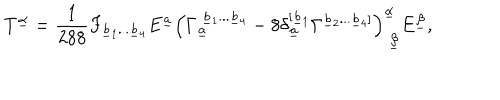
T ^ { \underline { { \alpha } } } = { \frac { 1 } { 2 8 8 } } F _ { \underline { { b } } _ { 1 } . . . \underline { { b } } _ { 4 } } E ^ { \underline { { a } } } \left( \Gamma _ { \underline { { a } } } ^ { ~ \underline { { b } } _ { 1 } . . . \underline { { b } } _ { 4 } } - 8 \delta _ { \underline { { a } } } ^ { [ \underline { { b } } _ { 1 } } \Gamma ^ { \underline { { b } } _ { 2 } . . . \underline { { b } } _ { 4 } ] } \right) _ { ~ \underline { { \beta } } } ^ { \underline { { \alpha } } } E ^ { \underline { { \beta } } } ,